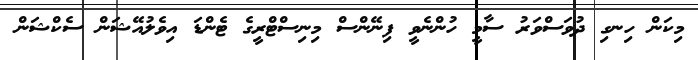
މިކަން ހިނގި ދުވަސްވަރު ސާމީ ހުންނެވީ ފިނޭންސް މިނިސްޓްރީގެ ޓެންޑަ އިވެލުއޭޝަން ސެކްޝަން